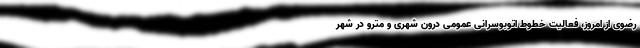
رضوی از امروز، فعالیت خطوط اتوبوسرانی عمومی درون شهری و مترو در شهر